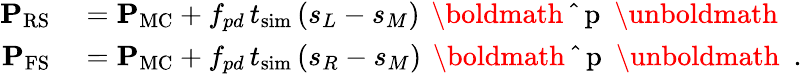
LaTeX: \begin{array}{rl}{{\mathbf{P}}_{\mathrm{RS}}}&{{}={\mathbf{P}}_{\mathrm{MC}}+f_{pd}\, t_{\mathrm{sim}}\, (s_{L}-s_{M})\, {\mathrm{~\boldmath~\hat{~}{~p~}~\unboldmath~}}}\\ {{\mathbf{P}}_{\mathrm{FS}}}&{{}={\mathbf{P}}_{\mathrm{MC}}+f_{pd}\, t_{\mathrm{sim}}\, (s_{R}-s_{M})\, {\mathrm{~\boldmath~\hat{~}{~p~}~\unboldmath~}}\ .}\end{array}